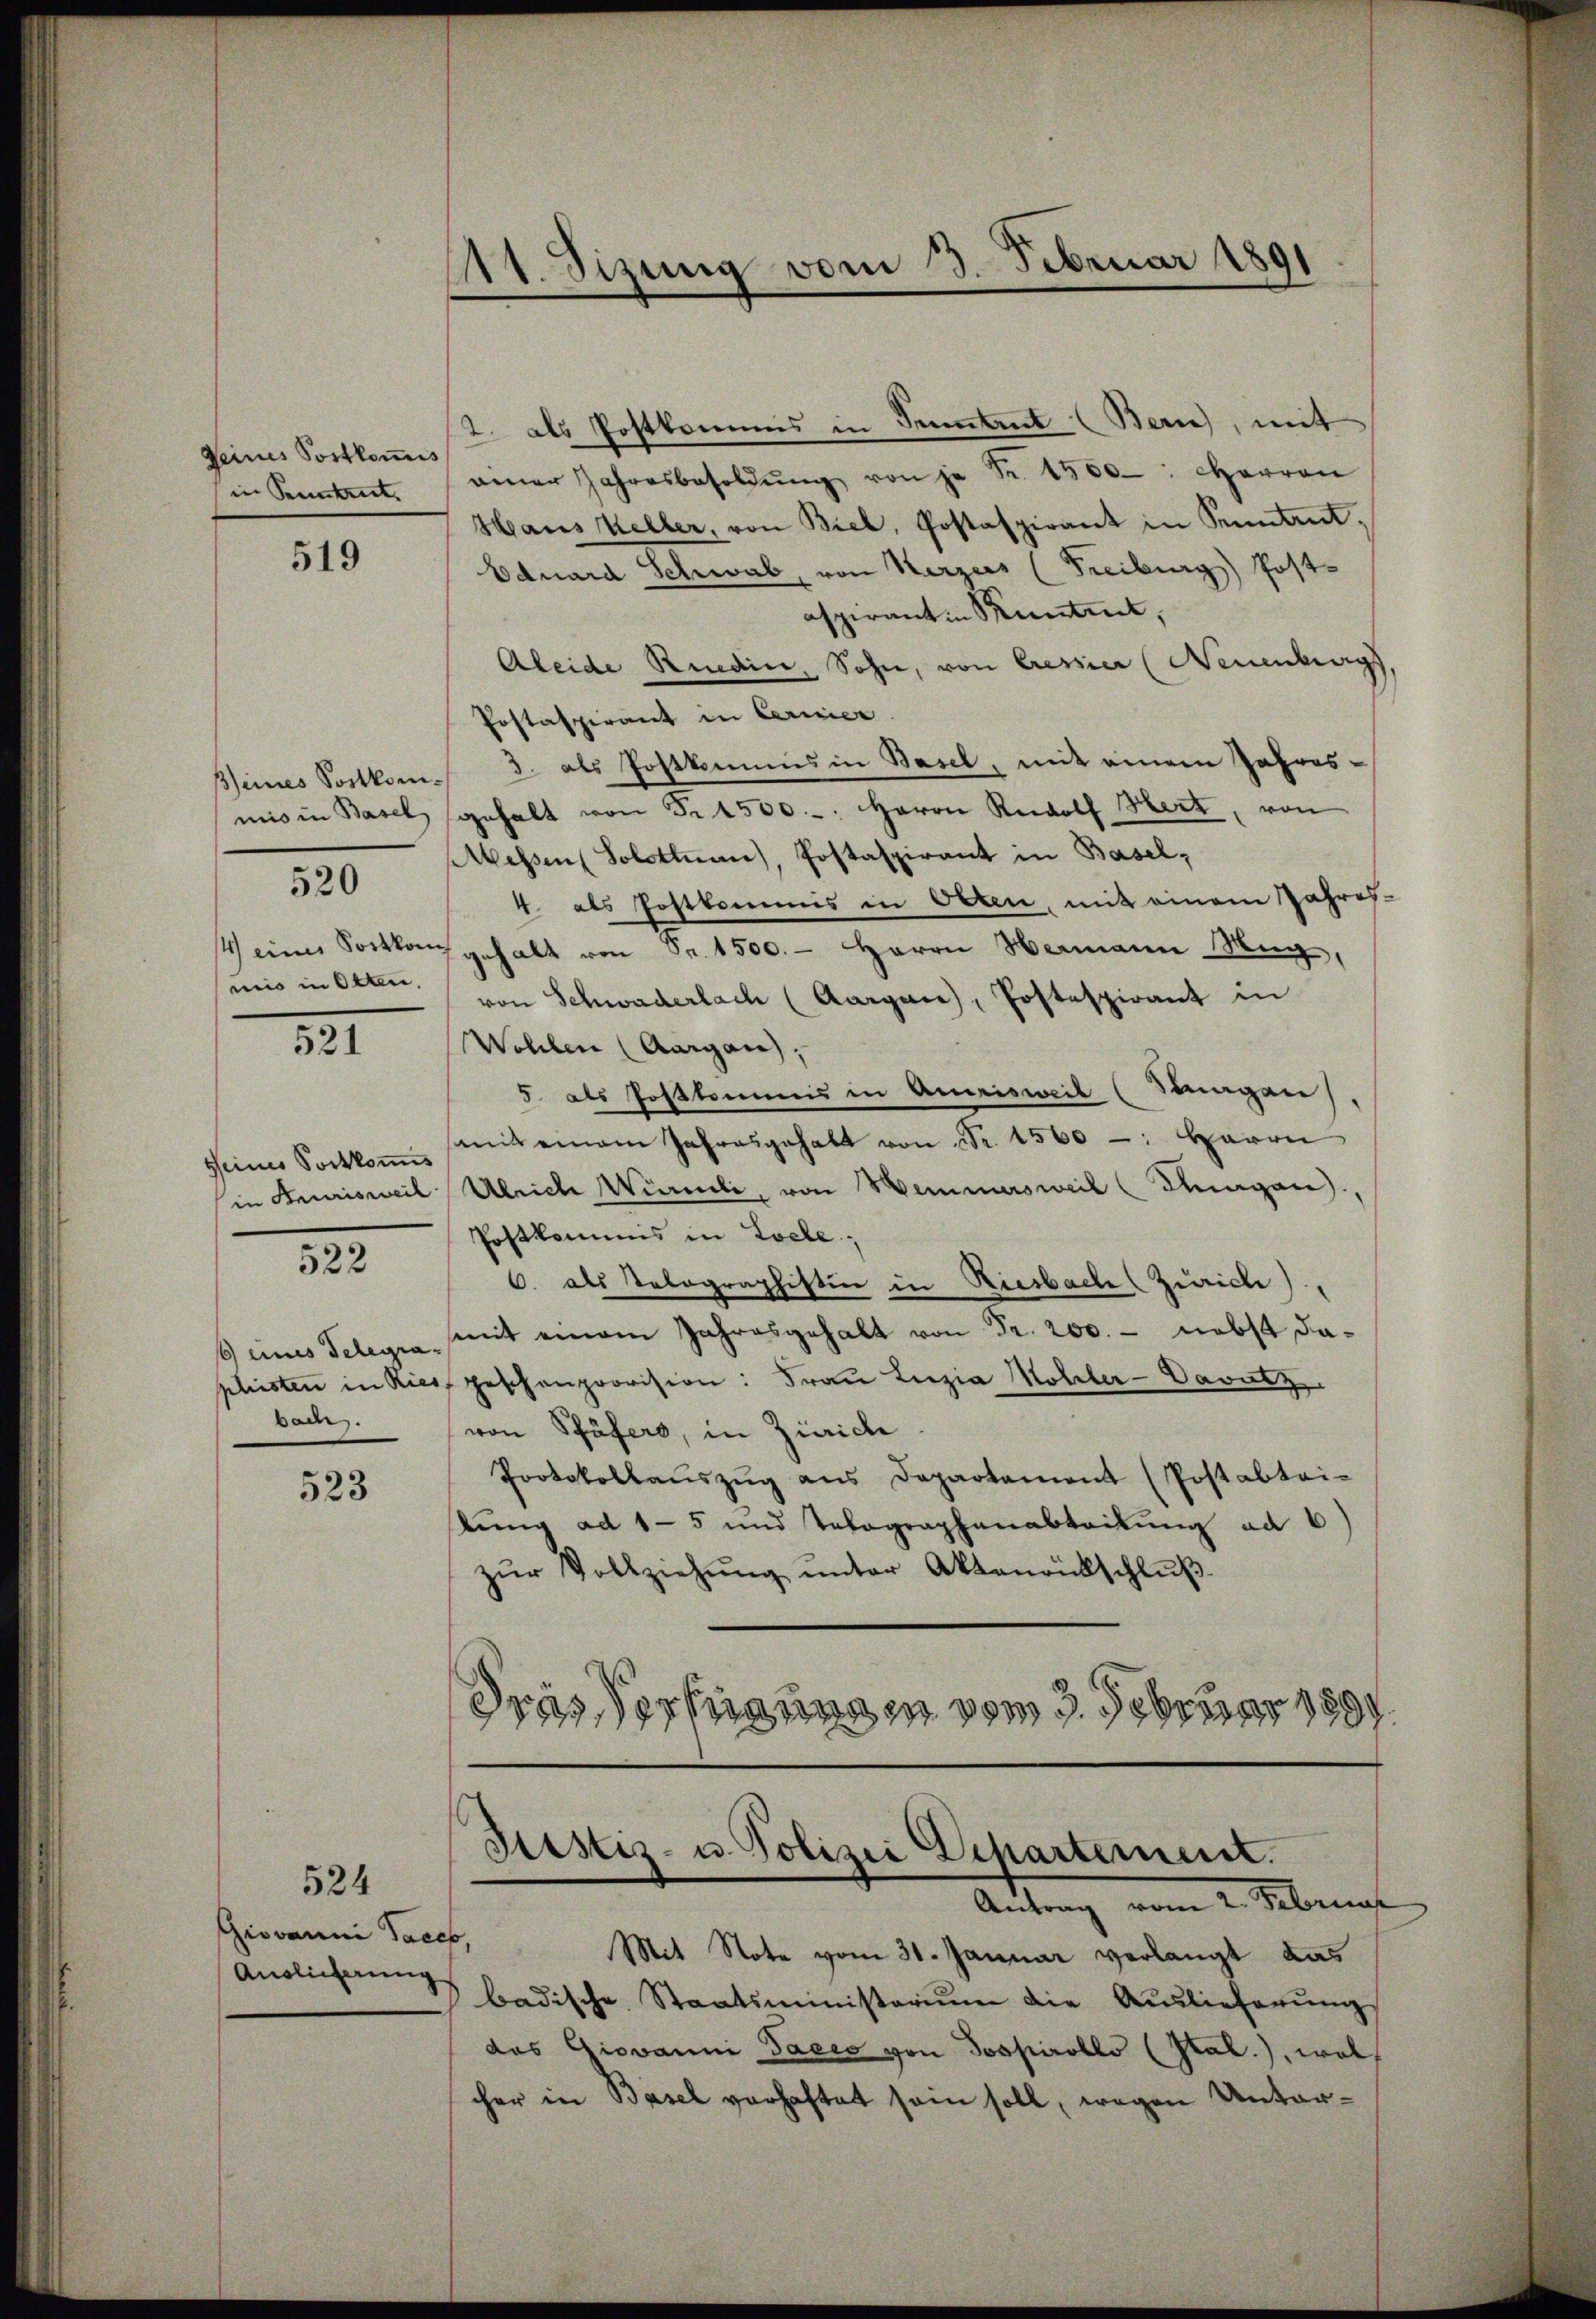
Seines Postkomis

519

520
mis in Otten.

521

seines Portkomis

522

bach.

523

524
Giovanni Saces,
Auslicherung

111. Sizung vom 3. Februar 1891

2. als Postkommis in Tement (Bern, mit
in Kennt. einer Jahresbesoldŭng von je Fr. 1560: carron
Hans Keller, von Biel, Postaspirant in Sennant,
Eduard Schwab, von Herzers (Freiburg) Post-
aspirantin Kunstet,
Aleide Riedin, Sohn, von Cressier (Neuenburgs
Postaspirant in Cernier
seines Sortkom. 3. als Postkommes in Basel, mit einem Jahres
mis in Basel gehalt von Fr. 4500.-. Herrn Rudolf Mert, von
Messen (Solottan), Postaspirant in Basel,
4. als Postkommis in Orten, mit einem Jahres-
Weines Postkanz gehalt von Sr. 1500. - Herrn Hermann Mig,
von Schwaderlach (Aargau, Postespirant in
Wohlen (Aargau,
5 als Postkommnis in Amrisweil (Saagen
mit einem Jahresgehalt von Fr. 1560 -: Herrn
in Semrisweil Ulrich Würmli, von Hemmersweil (Wagen,
Postkommis in Zoele,
C. als Telographistier in Riesbach (Zürich),
6 eines Telege mit einem Jahresgehalt von Fr. 200. - nebst dapliesten in Kies geschenprovision: Frau Luzia Mohler-Cavutz
von Pfäfers, in Zürich
Protokollaŭszŭg ans Departement (Postabtei-
kung ad 15 und Telegraphenabteilung ad 6
zŭr Vollziehŭng ŭnter Aktenrütschlŭβ
dras Vernung in vom 3. Februar 1891.

Justiz- u. Polizei Departement.
Andung vom 1. Manns

Mit Note vom 31. Januar verlangt das
badische Staatsministerium die Auslieferungs
das Giovanni Sacco von Jospiroblo (Pal.), wol
cher in Basel verhaftet sein soll, wegen Unter¬